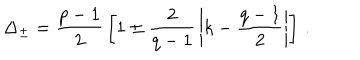
\Delta _ { \pm } = { \frac { p - 1 } { 2 } } \left[ 1 \pm { \frac { 2 } { q - 1 } } \left| k - { \frac { q - 1 } { 2 } } \right| \right] \, .